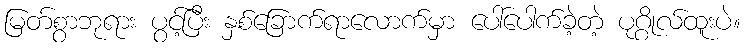
မြတ်စွာဘုရား ပွင့်ပြီး နှစ်ခြောက်ရာလောက်မှာ ပေါ်ပေါက်ခဲ့တဲ့ ပုဂ္ဂိုလ်ထူးပဲ။